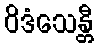
ဝိဒံသေန္တီ